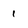
Character: 1